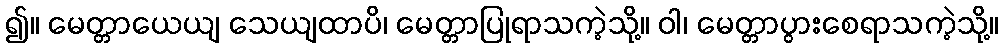
၍။ မေတ္တာယေယျ သေယျထာပိ၊ မေတ္တာပြုရာသကဲ့သို့။ ဝါ၊ မေတ္တာပွားစေရာသကဲ့သို့။